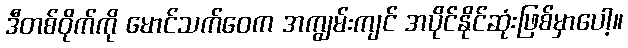
ဒီတစ်ဝိုက်ကို မောင်သက်ဝေက အကျွမ်းကျင် အပိုင်နိုင်ဆုံးဖြစ်မှာပေါ့။